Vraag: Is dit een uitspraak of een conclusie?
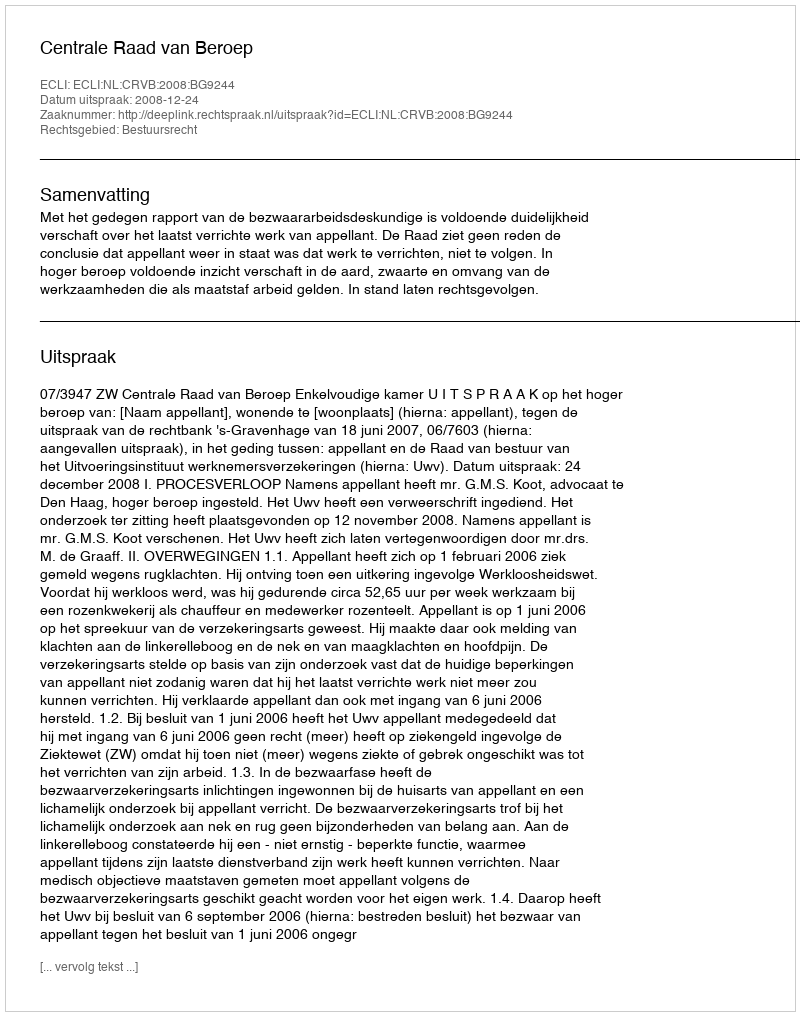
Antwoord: Uitspraak